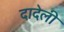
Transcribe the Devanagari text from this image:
दादेली